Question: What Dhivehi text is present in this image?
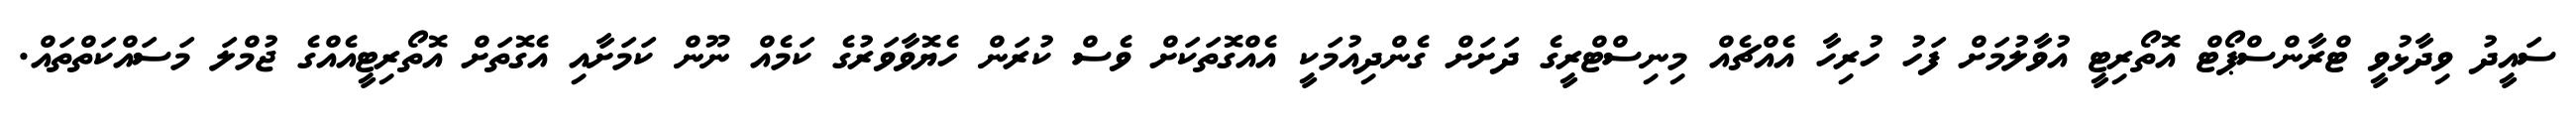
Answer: ސައީދު ވިދާޅުވީ ޓްރާންސްޕޯޓް އޮތޯރިޓީ އުވާލުމަށް ފަހު ހުރިހާ އެއްޗެއް މިނިސްޓްރީގެ ދަށަށް ގެންދިއުމަކީ އެއްގޮތަކަށް ވެސް ކުރަން ހެޔޮވާވަރުގެ ކަމެއް ނޫން ކަމަށާއި އެގޮތަށް އޮތޯރިޓީއެއްގެ ޖުމްލަ މަސައްކަތްތައް.